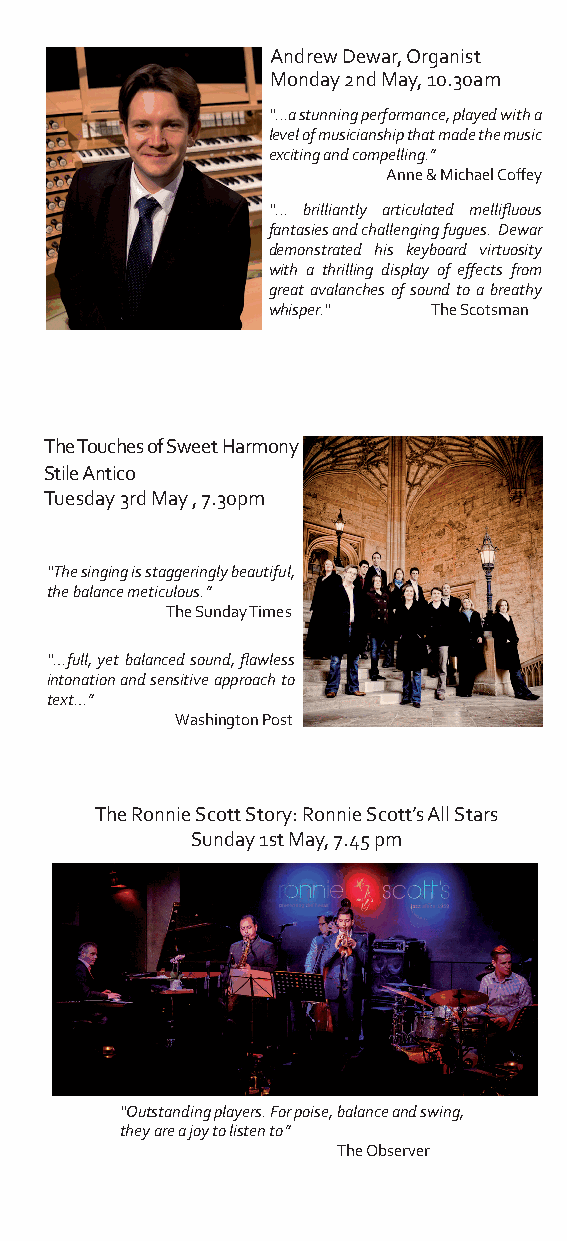
Andrew Dewar, Organist
 Monday 2nd May, 10.30am
 “...a stunning performance, played with a
 level of musicianship that made the music
 exciting and compelling.”
 Anne & Michael Coffey
 “... brilliantly articulated mellifluous
 fantasies and challenging fugues. Dewar
 demonstrated his keyboard virtuosity
 with a thrilling display of effects from
 great avalanches of sound to a breathy
 whisper.“  The Scotsman
 The Touches of Sweet Harmony
 Stile Antico
 Tuesday 3rd May , 7.30pm
 “The singing is staggeringly beautiful,
 the balance meticulous.”
 The Sunday Times
 “…full, yet balanced sound, flawless
 intonation and sensitive approach to
 text…”
 Washington Post
 The Ronnie Scott Story: Ronnie Scott’s All Stars
 Sunday 1st May, 7.45 pm
 “Outstanding players. For poise, balance and swing,
 they are a joy to listen to”
 The Observer